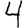
Digit: 4